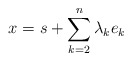
\begin{align*}x = s + \sum_{k=2}^{n} \lambda_k e_k \\\end{align*}